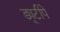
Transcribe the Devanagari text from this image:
ड्यूटीपे